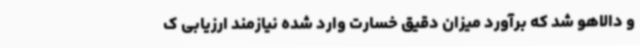
و دالاهو شد که برآورد میزان دقیق خسارت وارد شده نیازمند ارزیابی ک